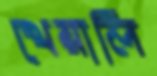
খেয়ালি